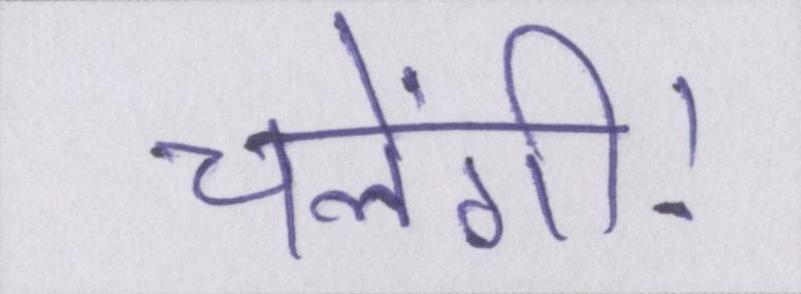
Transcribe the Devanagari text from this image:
चलेंगी।